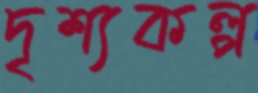
দৃশ্যকল্প